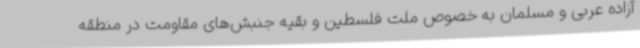
آزاده عربی و مسلمان به خصوص ملت فلسطین و بقیه جنبش‌های مقاومت در منطقه